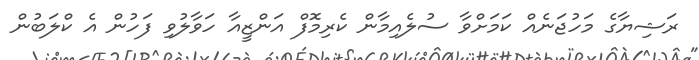
ރަޝިޔާގެ މަހުޖަނެއް ކަމަށްވާ ސުލެއިމާން ކެރިމޮފް އަންޒީއާ ހަވާލުވި ފަހުން އެ ކްލަބުން